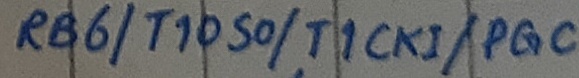
Text: RB6/T1050/T1CKi/PGC